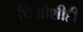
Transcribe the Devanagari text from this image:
थिओशीही